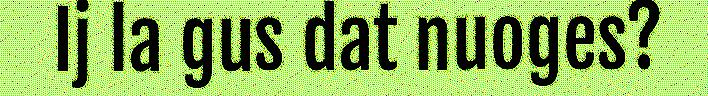
Ij la gus dat nuoges?